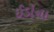
ઈડોના